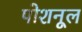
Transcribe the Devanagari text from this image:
पोशनूल